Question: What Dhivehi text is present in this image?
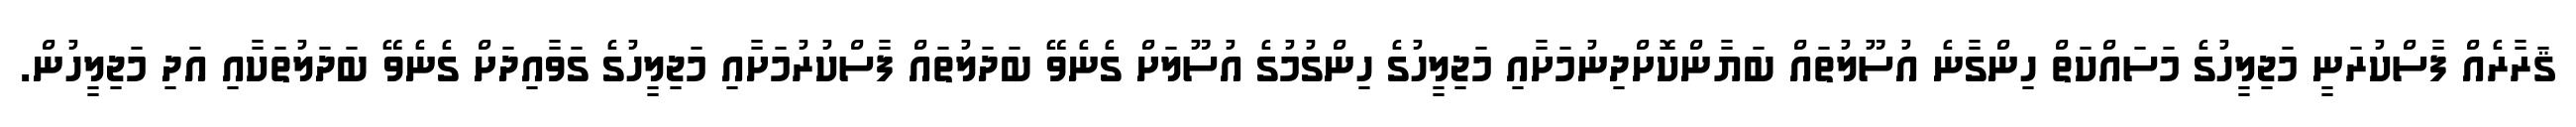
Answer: ޤަރާރެއް ފާސްކުރަނީ މަޖިލީހުގެ މަސައްކަތް ހިންގާނެ އުސޫލުތައް ބަޔާންކޮށްދިނުމަށާއި މަޖިލީހުގެ ހިންގުމުގެ އުސޫލަށް ގެނެވޭ ބަދަލުތައް ފާސްކުރުމަށާއި މަޖިލީހުގެ ގަވާއިދަށް ގެނެވޭ ބަދަލުތަކާއި އަދި މަޖިލީހުން.